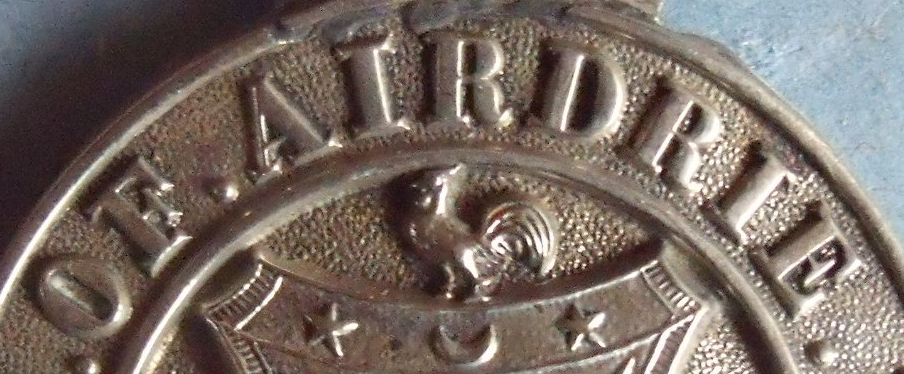
OF.AIRDRIE